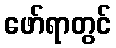
ဖော်ရာတွင်